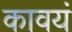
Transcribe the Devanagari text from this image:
कावयं